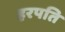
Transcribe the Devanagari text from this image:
हरपति